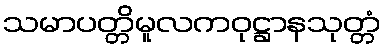
သမာပတ္တိမူလကဝုဋ္ဌာနသုတ္တံ